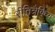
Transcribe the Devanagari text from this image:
रीतित्रैविध्य